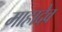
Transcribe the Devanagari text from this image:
माहादेव